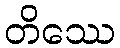
တိဿေ